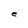
Character: e